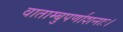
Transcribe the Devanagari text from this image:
वाताम्बुपर्णाशनाः।